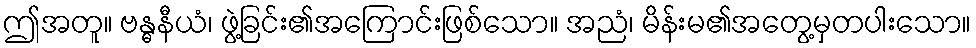
ဤအတူ။ ဗန္ဓနီယံ၊ ဖွဲ့ခြင်း၏အကြောင်းဖြစ်သော။ အညံ၊ မိန်းမ၏အတွေ့မှတပါးသော။